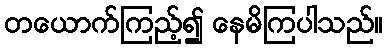
တယောက်ကြည့်၍ နေမိကြပါသည်။